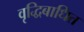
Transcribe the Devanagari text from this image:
वृद्धिबाधित